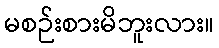
မစဉ်းစားမိဘူးလား။